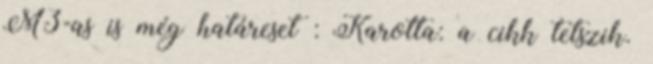
M3-as is még határeset : Karotta: a cikk tetszik.